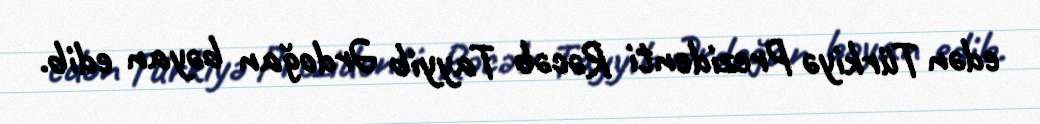
edən Türkiyə Prezidenti Rəcəb Tayyib Ərdoğan bəyan edib.